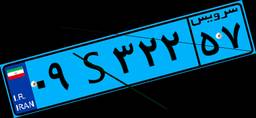
۰۹S۳۲۲۵۷